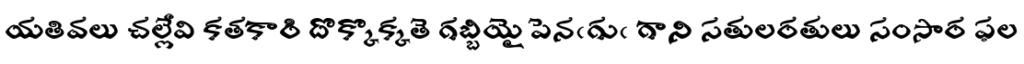
యతివలు చల్లేవి కతకారి దొక్కొక్కతె గబ్బియై పెనఁగుఁ గాని సతులరతులు సంసార ఫల